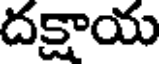
దక్షాయ